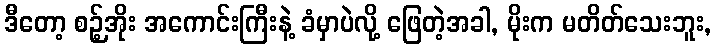
ဒီတော့ စဉ့်အိုး အကောင်းကြီးနဲ့ ခံမှာပဲလို့ ဖြေတဲ့အခါ, မိုးက မတိတ်သေးဘူး,